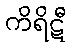
ကိရိဋီ